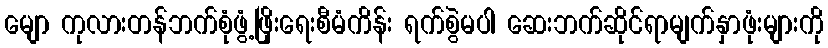
မျော ကုလားတန်ဘက်စုံဖွံ့ဖြိုးရေးစီမံကိန်း ရက်စွဲမပါ ဆေးဘက်ဆိုင်ရာမျက်နှာဖုံးများကို